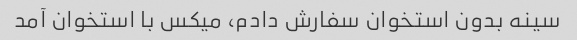
سینه بدون استخوان سفارش دادم، میکس با استخوان آمد